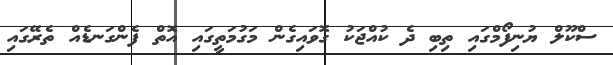
ސްކޫލް ޔުނިފޯމްގައި ތިބި ދެ ކުއްޖަކު ގޮވައިގެން މަގުމަތީގައި އޮތް ފެންގަނޑެއް ތެރޭގައި